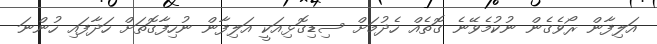
އަލިފާން ރޯވެގެން ނުކުމެވޭނެ ގޮތެއް ހެދުމަށް ސިޑިގޮޅިއަކީ އަލިފާން ނުހިފާގޮތަށް ހަދާފައި ހުންނަ